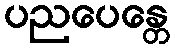
ပညပေန္တေ